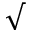
\surd